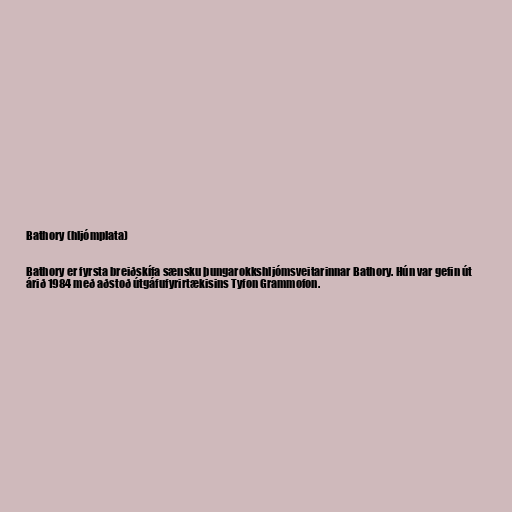
Bathory (hljómplata)

Bathory er fyrsta breiðskífa sænsku þungarokkshljómsveitarinnar Bathory. Hún var gefin út
árið 1984 með aðstoð útgáfufyrirtækisins Tyfon Grammofon.